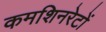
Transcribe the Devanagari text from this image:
कमशिनरेटों